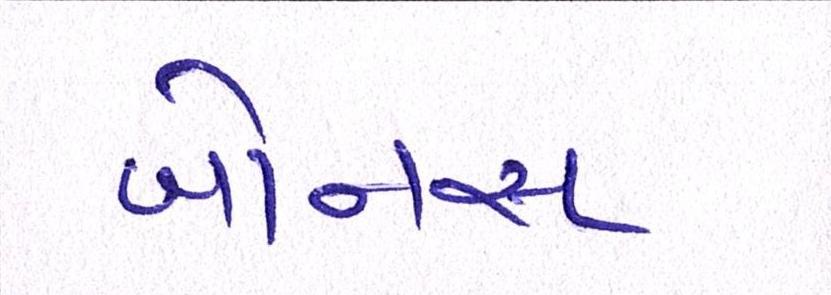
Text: બોનસ